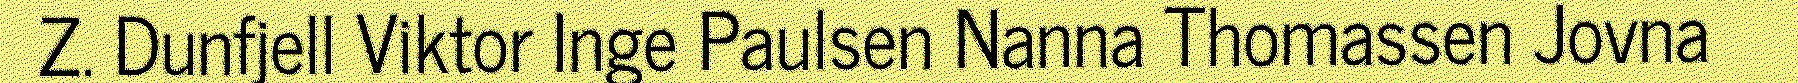
Z. Dunfjell Viktor Inge Paulsen Nanna Thomassen Jovna